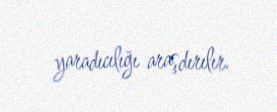
yaradıcılığı araşdırılır.